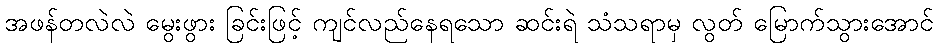
အဖန်တလဲလဲ မွေးဖွား ခြင်းဖြင့် ကျင်လည်နေရသော ဆင်းရဲ သံသရာမှ လွတ် မြောက်သွားအောင်